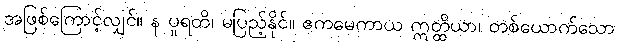
အဖြစ်ကြောင့်လျှင်။ န ပူရတိ၊ မပြည့်နိုင်။ ဧကမေကာယ ဣတ္ထိယာ၊ တစ်ယောက်သော